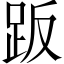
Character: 𧿨